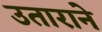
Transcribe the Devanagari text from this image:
उताराने